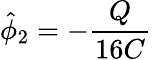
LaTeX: \hat{\phi}_{2}=-\frac{Q}{16C}